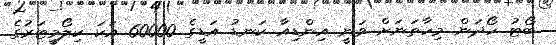
ބޯޓު ހޯދަން މިހާތަނަށް ވަނީ އިންޑިއާ ކަނޑު އަޑީގެ 60000 އަކަ ކިލޯމީޓަރުގެ